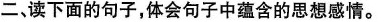
二，读下面的句子，体会句子中蕴含的思想感情。